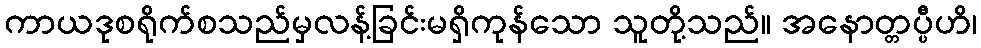
ကာယဒုစရိုက်စသည်မှလန့်ခြင်းမရှိကုန်သော သူတို့သည်။ အနောတ္တပ္ပီဟိ၊